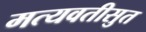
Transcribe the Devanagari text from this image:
मत्यवतीसुत